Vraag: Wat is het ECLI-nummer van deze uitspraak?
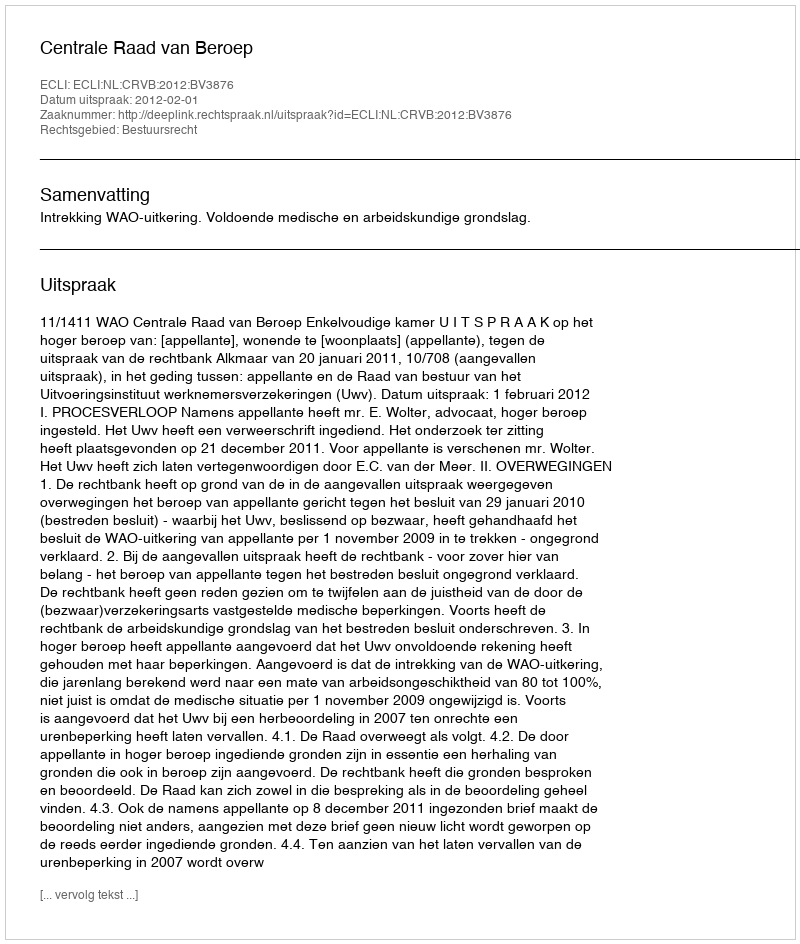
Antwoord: ECLI:NL:CRVB:2012:BV3876